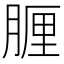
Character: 𦝟